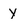
Character: y